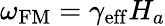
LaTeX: \omega_{\mathrm{FM}}=\gamma_{\mathrm{eff}}H_{a}